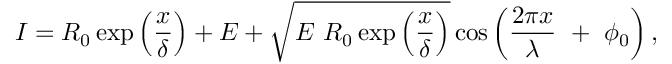
I = R _ { 0 } \exp \left( \frac { x } { \delta } \right) + E + \sqrt { E { \ R } _ { 0 } \exp \left( \frac { x } { \delta } \right) } \cos \left( \frac { 2 \pi x } { \lambda } \ + \ \phi _ { 0 } \right) ,